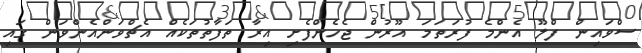
ސްވައިން ފްލޫ އެންމެ ފުރަތަމަ އޫރުން ޖެހެންފެށި އިރާ ތަފާތުތަކެއް އެޗްވަންއެންވަން ގައި